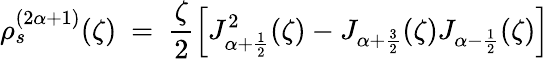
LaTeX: \rho_{s}^{(2\alpha+1)}(\zeta)~=~\frac{\zeta}{2}\left[J_{\alpha+\frac{1}{2}}^{2}(\zeta)-J_{\alpha+\frac{3}{2}}(\zeta)J_{\alpha-\frac{1}{2}}(\zeta)\right]